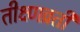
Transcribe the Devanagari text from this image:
तीक्ष्णव्रती